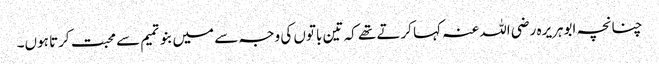
چنانچہ ابوہریرہ رضی اللہ عنہ کہا کرتے تھے کہ تین باتوں کی وجہ سے میں بنوتمیم سے محبت کرتا ہوں۔